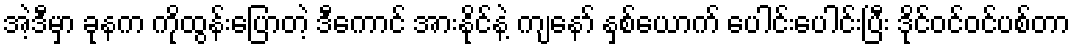
အဲ့ဒီမှာ ခုနက ကိုထွန်းပြောတဲ့ ဒီကောင် အားနိုင်နဲ့ ကျနော် နှစ်ယောက် ပေါင်းပေါင်းပြီး ဒိုင်ဝင်ဝင်ပစ်တာ